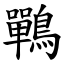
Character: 鷤